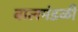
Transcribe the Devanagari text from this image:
बालमंडळी